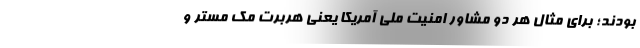
بودند؛ برای مثال هر دو مشاور امنیت ملی آمریکا یعنی هربرت مک مستر و